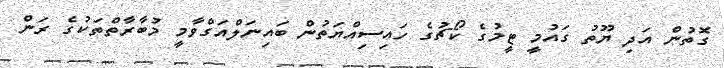
ގޮތުން އަދި ޔޫތު ގައުމީ ޓީމުގެ ކޯޗުގެ ހައިސިއްޔަތުން ބައިނަލްއަގްވާމީ މުބާރާތްތަކުގެ ރަން